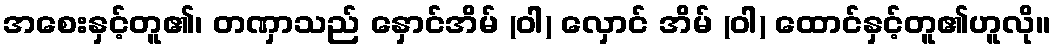
အစေးနှင့်တူ၏၊ တဏှာသည် နှောင်အိမ် (ဝါ) လှောင် အိမ် (ဝါ) ထောင်နှင့်တူ၏ဟူလို။